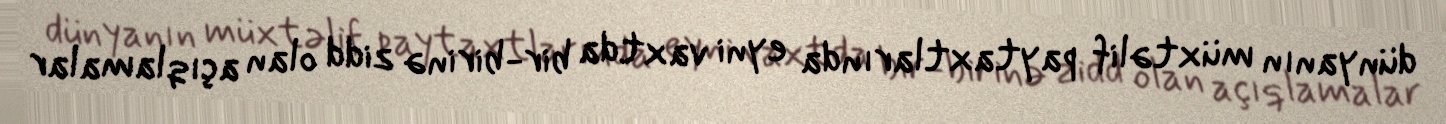
dünyanın müxtəlif paytaxtlarında eyni vaxtda bir-birinə zidd olan açıqlamalar